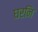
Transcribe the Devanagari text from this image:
घरनि